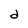
Character: d